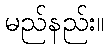
မည်နည်း။